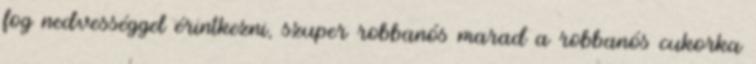
fog nedvességgel érintkezni, szuper robbanós marad a robbanós cukorka